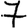
Digit: 7